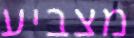
מצביע